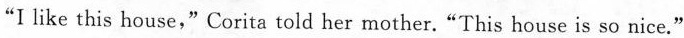
“I like this house,"Corita told her mother.“This house is so nice."